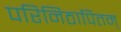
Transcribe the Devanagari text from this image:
परिनिठापितम्